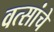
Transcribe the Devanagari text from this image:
वत्सांचे